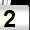
Digit: 2